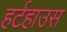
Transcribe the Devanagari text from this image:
हर्टहाउस